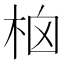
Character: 㭡